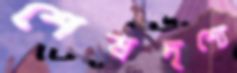
শেষদৃশ্যে